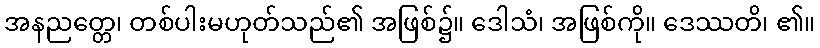
အနညတ္တေ၊ တစ်ပါးမဟုတ်သည်၏ အဖြစ်၌။ ဒေါသံ၊ အဖြစ်ကို။ ဒေဿတိ၊ ၏။